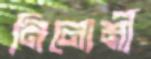
নিলোর্মী